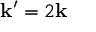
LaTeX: \mathbf { k } ^ { \prime } = 2 \mathbf { k }